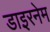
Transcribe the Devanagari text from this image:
डाइरनेम